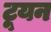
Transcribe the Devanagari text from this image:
टूयन